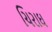
ચિરાઘ